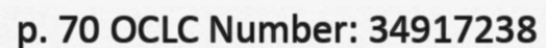
p. 70 OCLC Number: 34917238